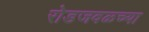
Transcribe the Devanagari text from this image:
रोडजवळच्या